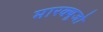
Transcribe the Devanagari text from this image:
मारक्यूजो